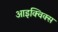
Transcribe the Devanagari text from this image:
आइक्विक्स